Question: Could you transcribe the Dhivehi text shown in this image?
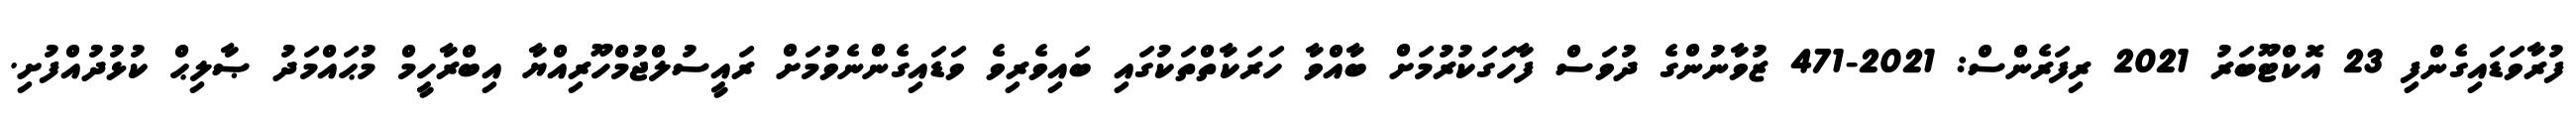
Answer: ފުރާވަޑައިގެންފި 23 އޮކްޓޫބަރު 2021 ރިފަރެންސް: 2021-471 ޒުވާނުންގެ ދުވަސް ފާހަގަކުރުމަށް ބާއްވާ ހަރަކާތްތަކުގައި ބައިވެރިވެ ވަޑައިގެންނެވުމަށް ރައީސުލްޖުމްހޫރިއްޔާ އިބްރާހީމް މުޙައްމަދު ޞާލިޙް ކުޅުދުއްފުށި.